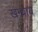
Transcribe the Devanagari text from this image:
खन्थाय